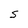
Character: S